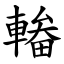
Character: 輽